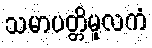
သမာပတ္တိမူလကံ